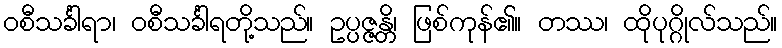
ဝစီသင်္ခါရာ၊ ဝစီသင်္ခါရတို့သည်။ ဥပ္ပဇ္ဇန္တိ၊ ဖြစ်ကုန်၏။ တဿ၊ ထိုပုဂ္ဂိုလ်သည်။